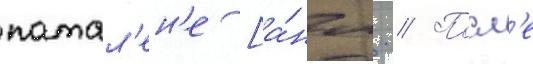
патал'ен'е [а́нгл. // Посл'е